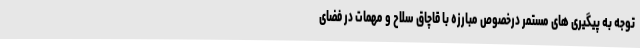
توجه به پیگیری های مستمر درخصوص مبارزه با قاچاق سلاح و مهمات در فضای